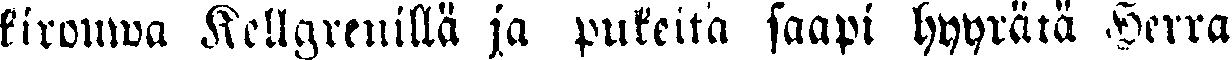
kirouwa Kellgrenillä ja pukeita saapi hyyrätä Herra